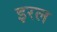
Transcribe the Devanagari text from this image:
इरल